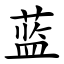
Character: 蓝